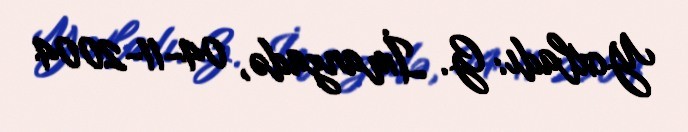
Yoxladı: G. İmanzadə, 04-11-2004